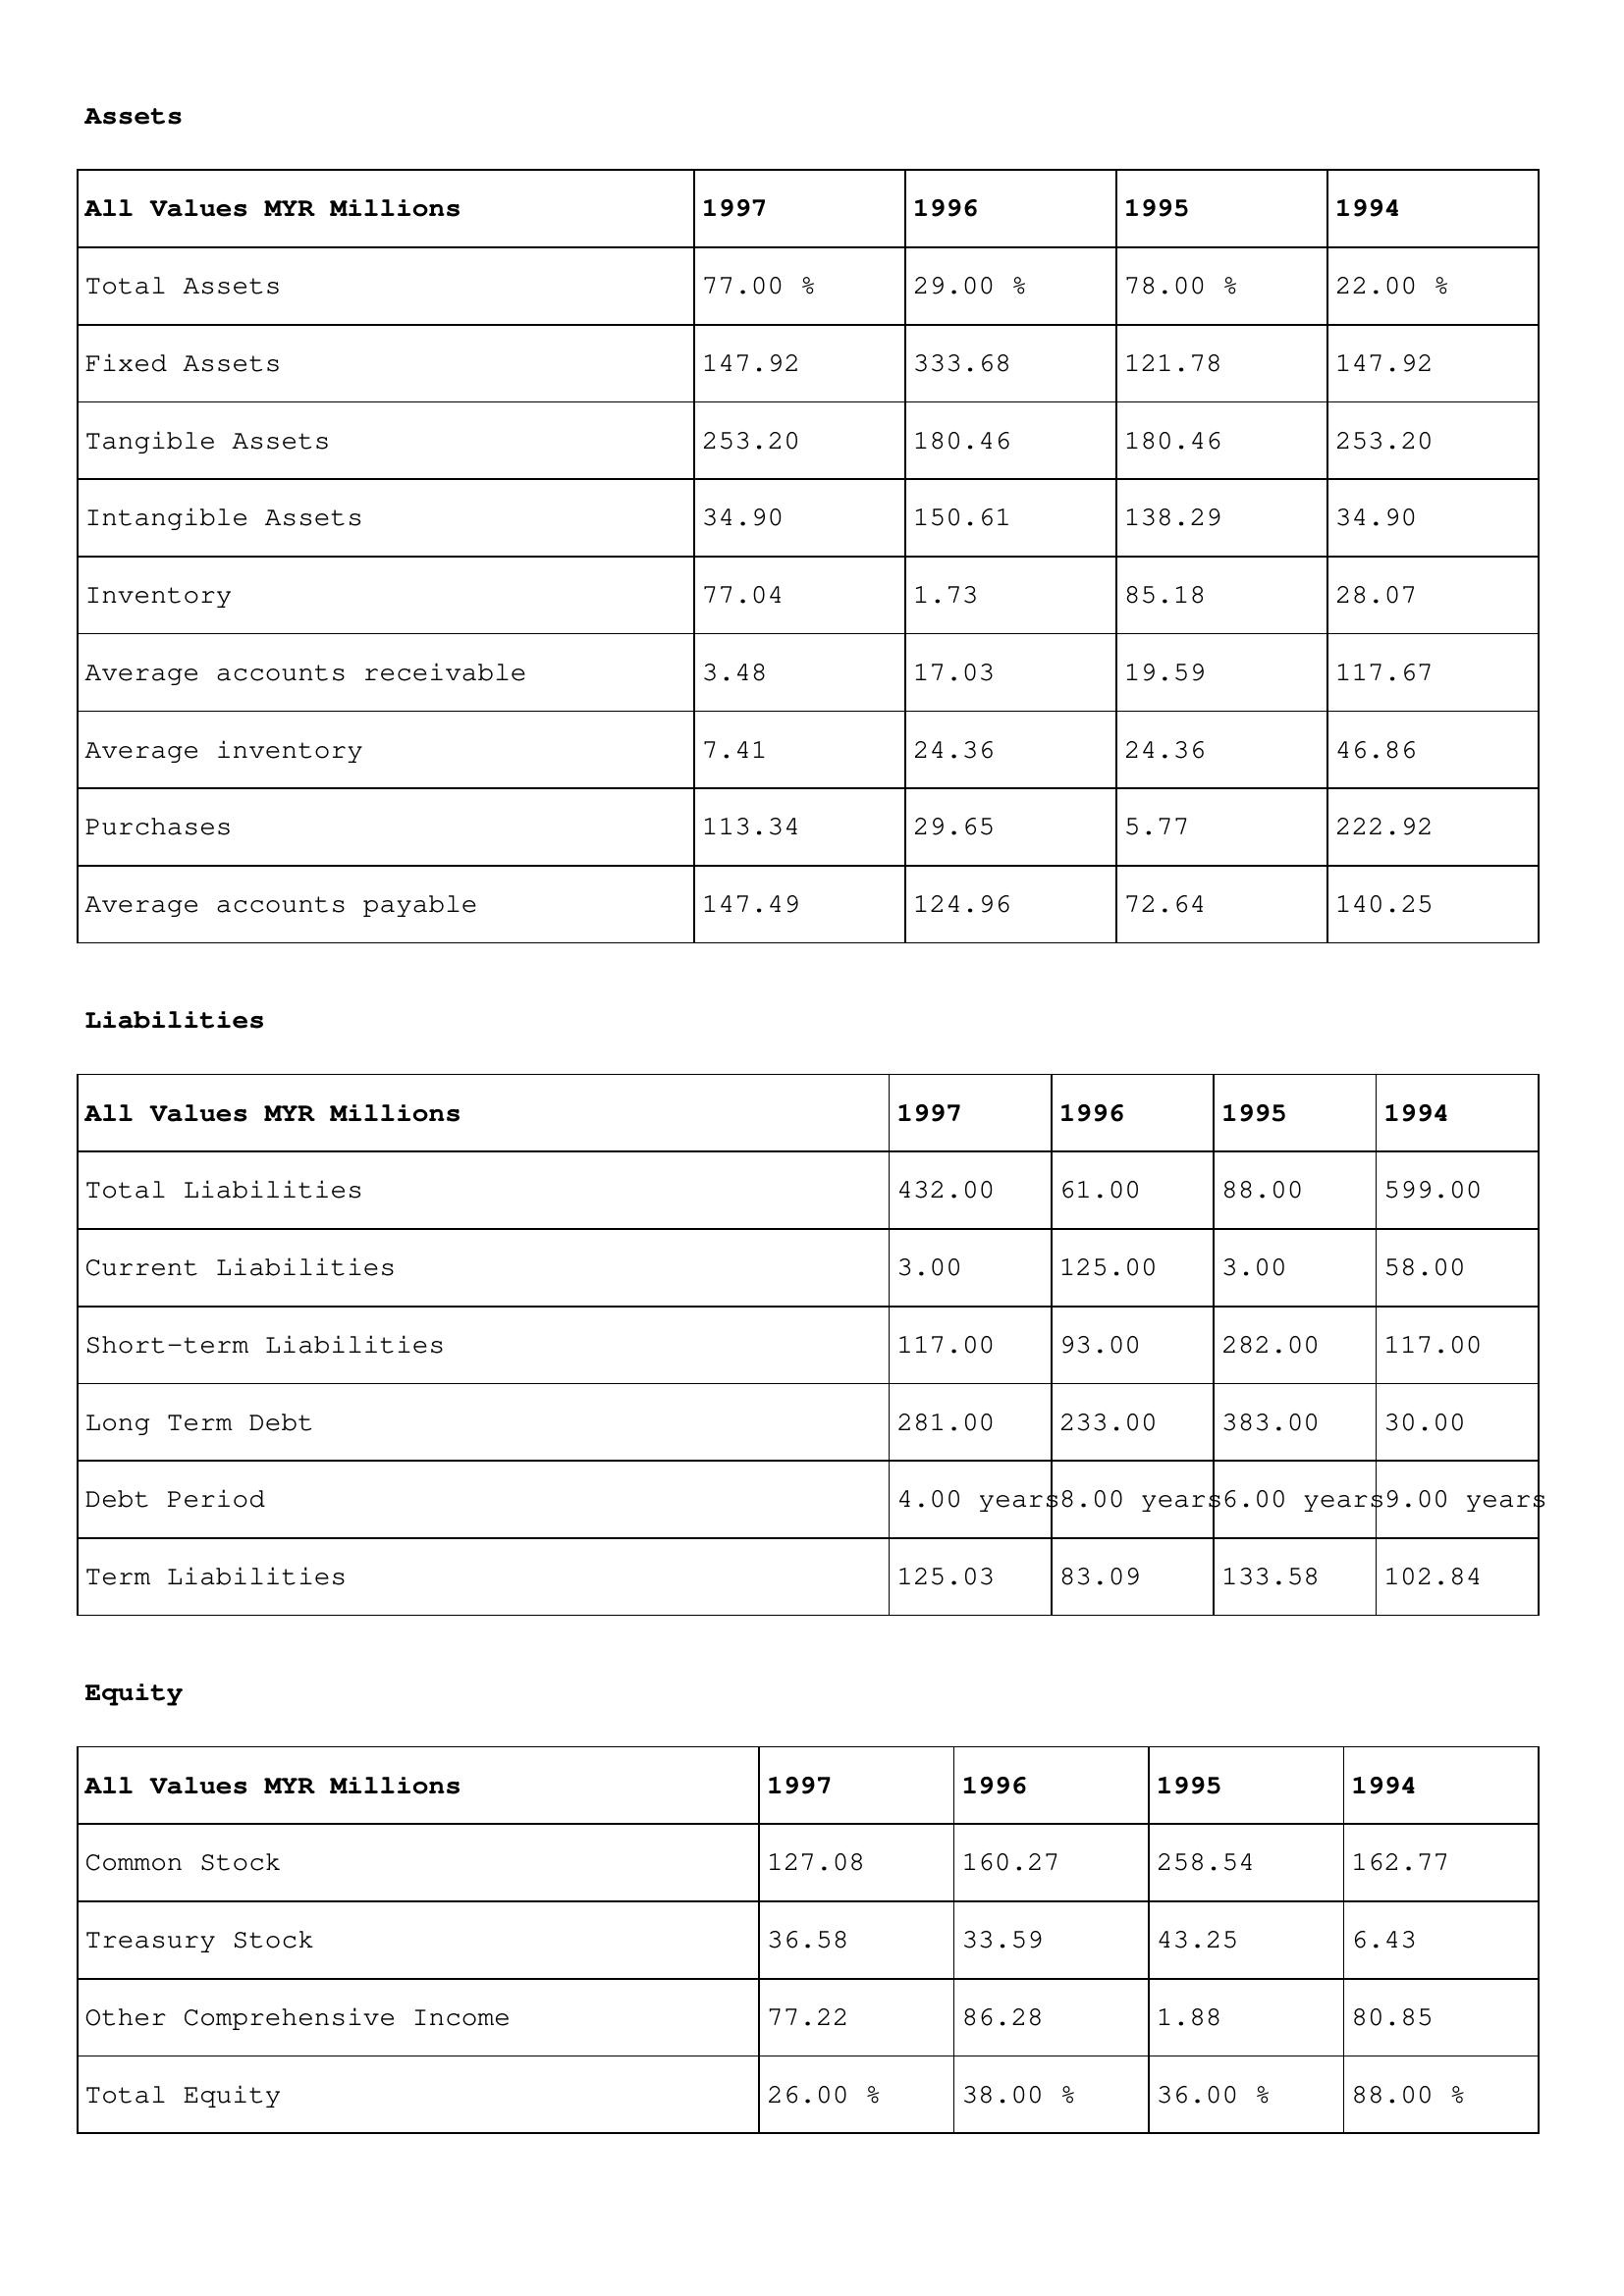
gt_parse: 1997: Assets: Total Assets: 77.00 %
Fixed Assets: 147.92
Tangible Assets: 253.20
Intangible Assets: 34.90
Inventory: 77.04
Average accounts receivable: 3.48
Average inventory: 7.41
Purchases: 113.34
Average accounts payable: 147.49
Liabilities: Total Liabilities: 432.00
Current Liabilities: 3.00
Short-term Liabilities: 117.00
Long Term Debt: 281.00
Debt Period: 4.00 years
Term Liabilities: 125.03
Equity: Common Stock: 127.08
Treasury Stock: 36.58
Other Comprehensive Income: 77.22
Total Equity: 26.00 %
1996: Assets: Total Assets: 29.00 %
Fixed Assets: 333.68
Tangible Assets: 180.46
Intangible Assets: 150.61
Inventory: 1.73
Average accounts receivable: 17.03
Average inventory: 24.36
Purchases: 29.65
Average accounts payable: 124.96
Liabilities: Total Liabilities: 61.00
Current Liabilities: 125.00
Short-term Liabilities: 93.00
Long Term Debt: 233.00
Debt Period: 8.00 years
Term Liabilities: 83.09
Equity: Common Stock: 160.27
Treasury Stock: 33.59
Other Comprehensive Income: 86.28
Total Equity: 38.00 %
1995: Assets: Total Assets: 78.00 %
Fixed Assets: 121.78
Tangible Assets: 180.46
Intangible Assets: 138.29
Inventory: 85.18
Average accounts receivable: 19.59
Average inventory: 24.36
Purchases: 5.77
Average accounts payable: 72.64
Liabilities: Total Liabilities: 88.00
Current Liabilities: 3.00
Short-term Liabilities: 282.00
Long Term Debt: 383.00
Debt Period: 6.00 years
Term Liabilities: 133.58
Equity: Common Stock: 258.54
Treasury Stock: 43.25
Other Comprehensive Income: 1.88
Total Equity: 36.00 %
1994: Assets: Total Assets: 22.00 %
Fixed Assets: 147.92
Tangible Assets: 253.20
Intangible Assets: 34.90
Inventory: 28.07
Average accounts receivable: 117.67
Average inventory: 46.86
Purchases: 222.92
Average accounts payable: 140.25
Liabilities: Total Liabilities: 599.00
Current Liabilities: 58.00
Short-term Liabilities: 117.00
Long Term Debt: 30.00
Debt Period: 9.00 years
Term Liabilities: 102.84
Equity: Common Stock: 162.77
Treasury Stock: 6.43
Other Comprehensive Income: 80.85
Total Equity: 88.00 %